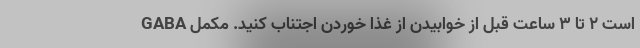
است 2 تا 3 ساعت قبل از خوابیدن از غذا خوردن اجتناب کنید. مکمل GABA